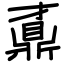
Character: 鼒